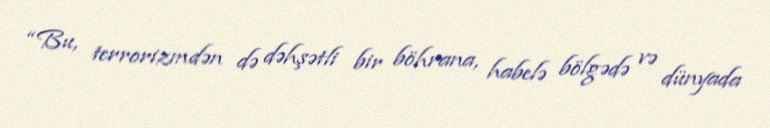
“Bu, terrorizmdən də dəhşətli bir böhrana, habelə bölgədə və dünyada